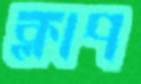
ক্লাপ